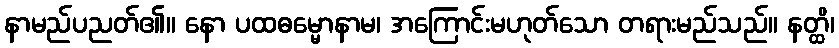
နာမည်ပညတ်၏။ နော ပထဓမ္မောနာမ၊ အကြောင်းမဟုတ်သော တရားမည်သည်။ နတ္ထိ၊